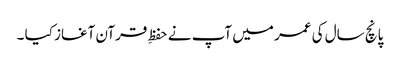
پانچ سال کی عمر میں آپ نے حفظِ قرآن آغاز کیا ۔